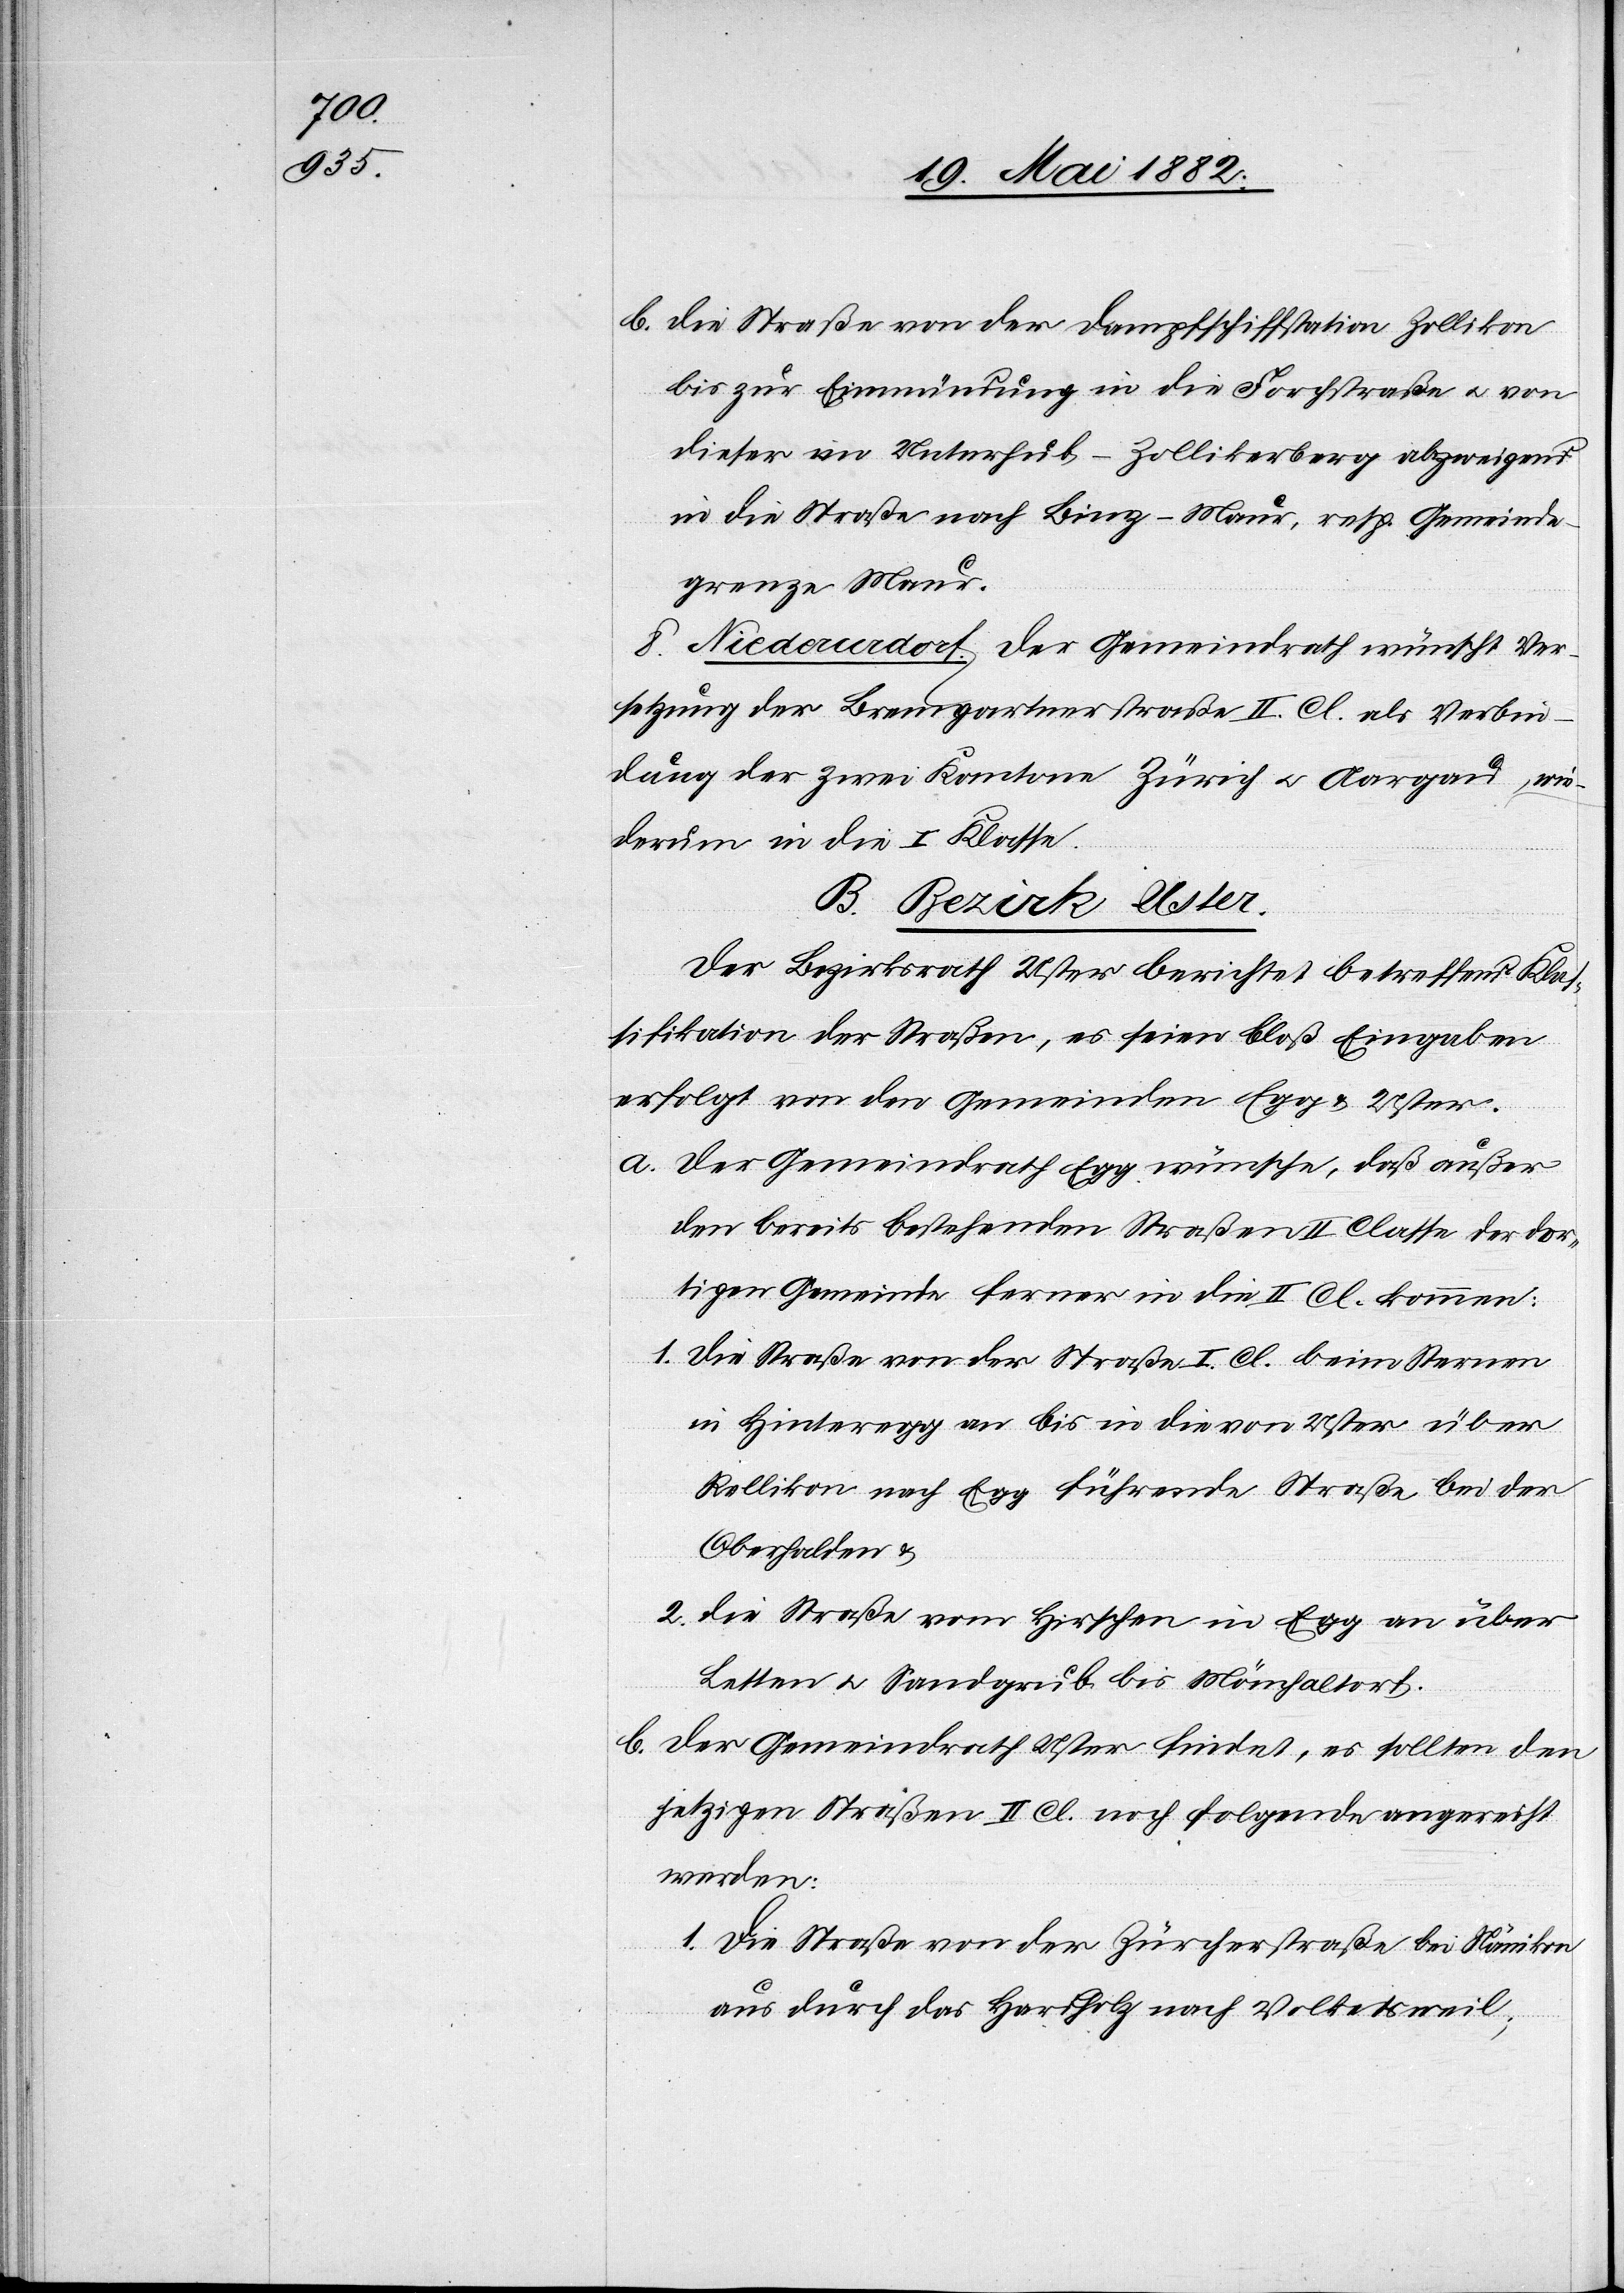
b. Die Straße von der Dampfschiffstation Zollikon
bis zur Einmündung in die Forchstraße u. von
dieser im Unterhub - Zollikerberg abzweigend
in die Straße nach Binz - Maur, resp. Gemeinde¬
grenze Maur.
8. Niederurdorf. Der Gemeindrath wünscht Ver¬
setzung der Bremgartnerstraße II. Cl. als Verbin¬
dung der zwei Kantone Zürich u. Aargau, wie¬
derum in die I. Klasse.
B. Bezirk Uster.
Der Bezirksrath Uster berichtet betreffend Klas¬
sifikation der Straßen, es seien bloß Eingaben
erfolgt von den Gemeinden Egg & Uster.
a. Der Gemeindrath Egg wünsche, daß außer
der bereits bestehenden Straße II. Classe der dor¬
tigen Gemeinde ferner in die II. Cl. kommen:
1. Die Straße von der Straße I. Cl. beim Sternen
in Hinteregg an bis in die von Uster über
Rellikon nach Egg führende Straße bei der
Oberhalden &
2. die Straße vom Hirschen in Egg an über
Letten u. Sandgrub bis Mönchaltorf.
b. Der Gemeindrath Uster findet, es sollten den
jetzigen Straßen II. Cl. noch folgende angereicht
werden:
1. Die Straße von der Zürcherstraße bei Nänikon
aus durch das Hardholz nach Volketsweil;